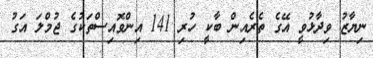
ނިޔާޒު ވިދާޅުވީ އޭގެ ތެރެއިން ބާކީ ހުރި 141 އިންވޮއިސްތަކުގެ ޖުމްލަ އަގު